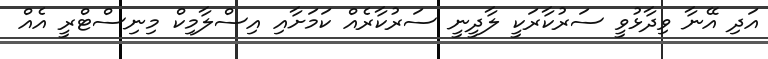
އަދި އޭނާ ވިދާޅުވީ ސަރުކާރަކީ ލާދީނީ ސަރުކާރެއް ކަމަށާއި އިސްލާމިކް މިނިސްޓްރީ އެއް